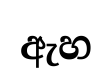
ඇහ